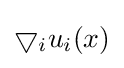
\bigtriangledown _{i}u_{i}(x)